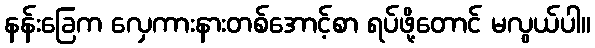
နန်းခြေက လှေကားနားတစ်အောင့်စာ ရပ်ဖို့တောင် မလွယ်ပါ။